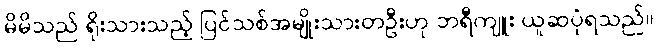
မိမိသည် ရိုးသားသည့် ပြင်သစ်အမျိုးသားတဦးဟု ဘရီကျူး ယူဆပုံရသည်။